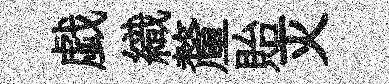
戯織釐貽灭